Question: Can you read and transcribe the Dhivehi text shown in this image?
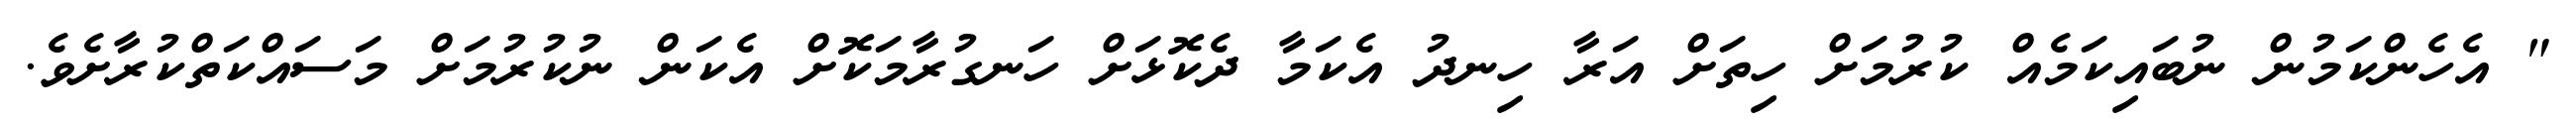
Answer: " އެހެންކަމުން ނުބައިކަމެއް ކުރުމަށް ހިތަށް އަރާ ހިނދު އެކަމާ ދެކޮޅަށް ހަނގުރާމަކޮށް އެކަން ނުކުރުމަށް މަސައްކަތްކުރާށެވެ.